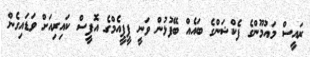
ރައީސް މައުމޫންގެ ފެކްޝަންގެ ބައެއް ބޭފުޅުން ވަނީ ޕީޕީއެމްގެ އޮފީސް ކައިރިއަށް ވަޑައިގެން